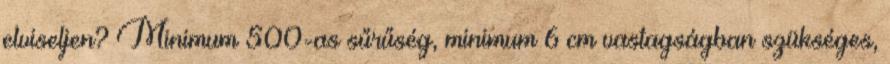
elviseljen? Minimum 500-as sűrűség, minimum 6 cm vastagságban szükséges,